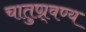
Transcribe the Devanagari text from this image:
चातुण्र्वण्य